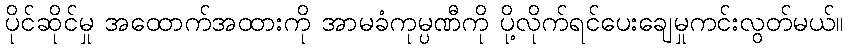
ပိုင်ဆိုင်မှု အထောက်အထားကို အာမခံကုမ္ပဏီကို ပို့လိုက်ရင်ပေးချေမှုကင်းလွတ်မယ်။